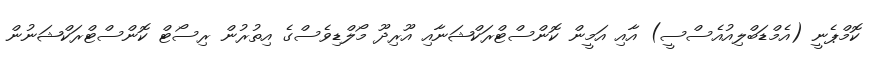
ކޮމްޕެނީ (އެމްޑަބްލިއުއެސްސީ) އާއި އަމީން ކޮންސްޓްރަކްޝަނާއި އޫރިދޫ މޯލްޑިވެސްގެ އިތުރުން ރިސޯޓް ކޮންސްޓްރަކްޝަނުން